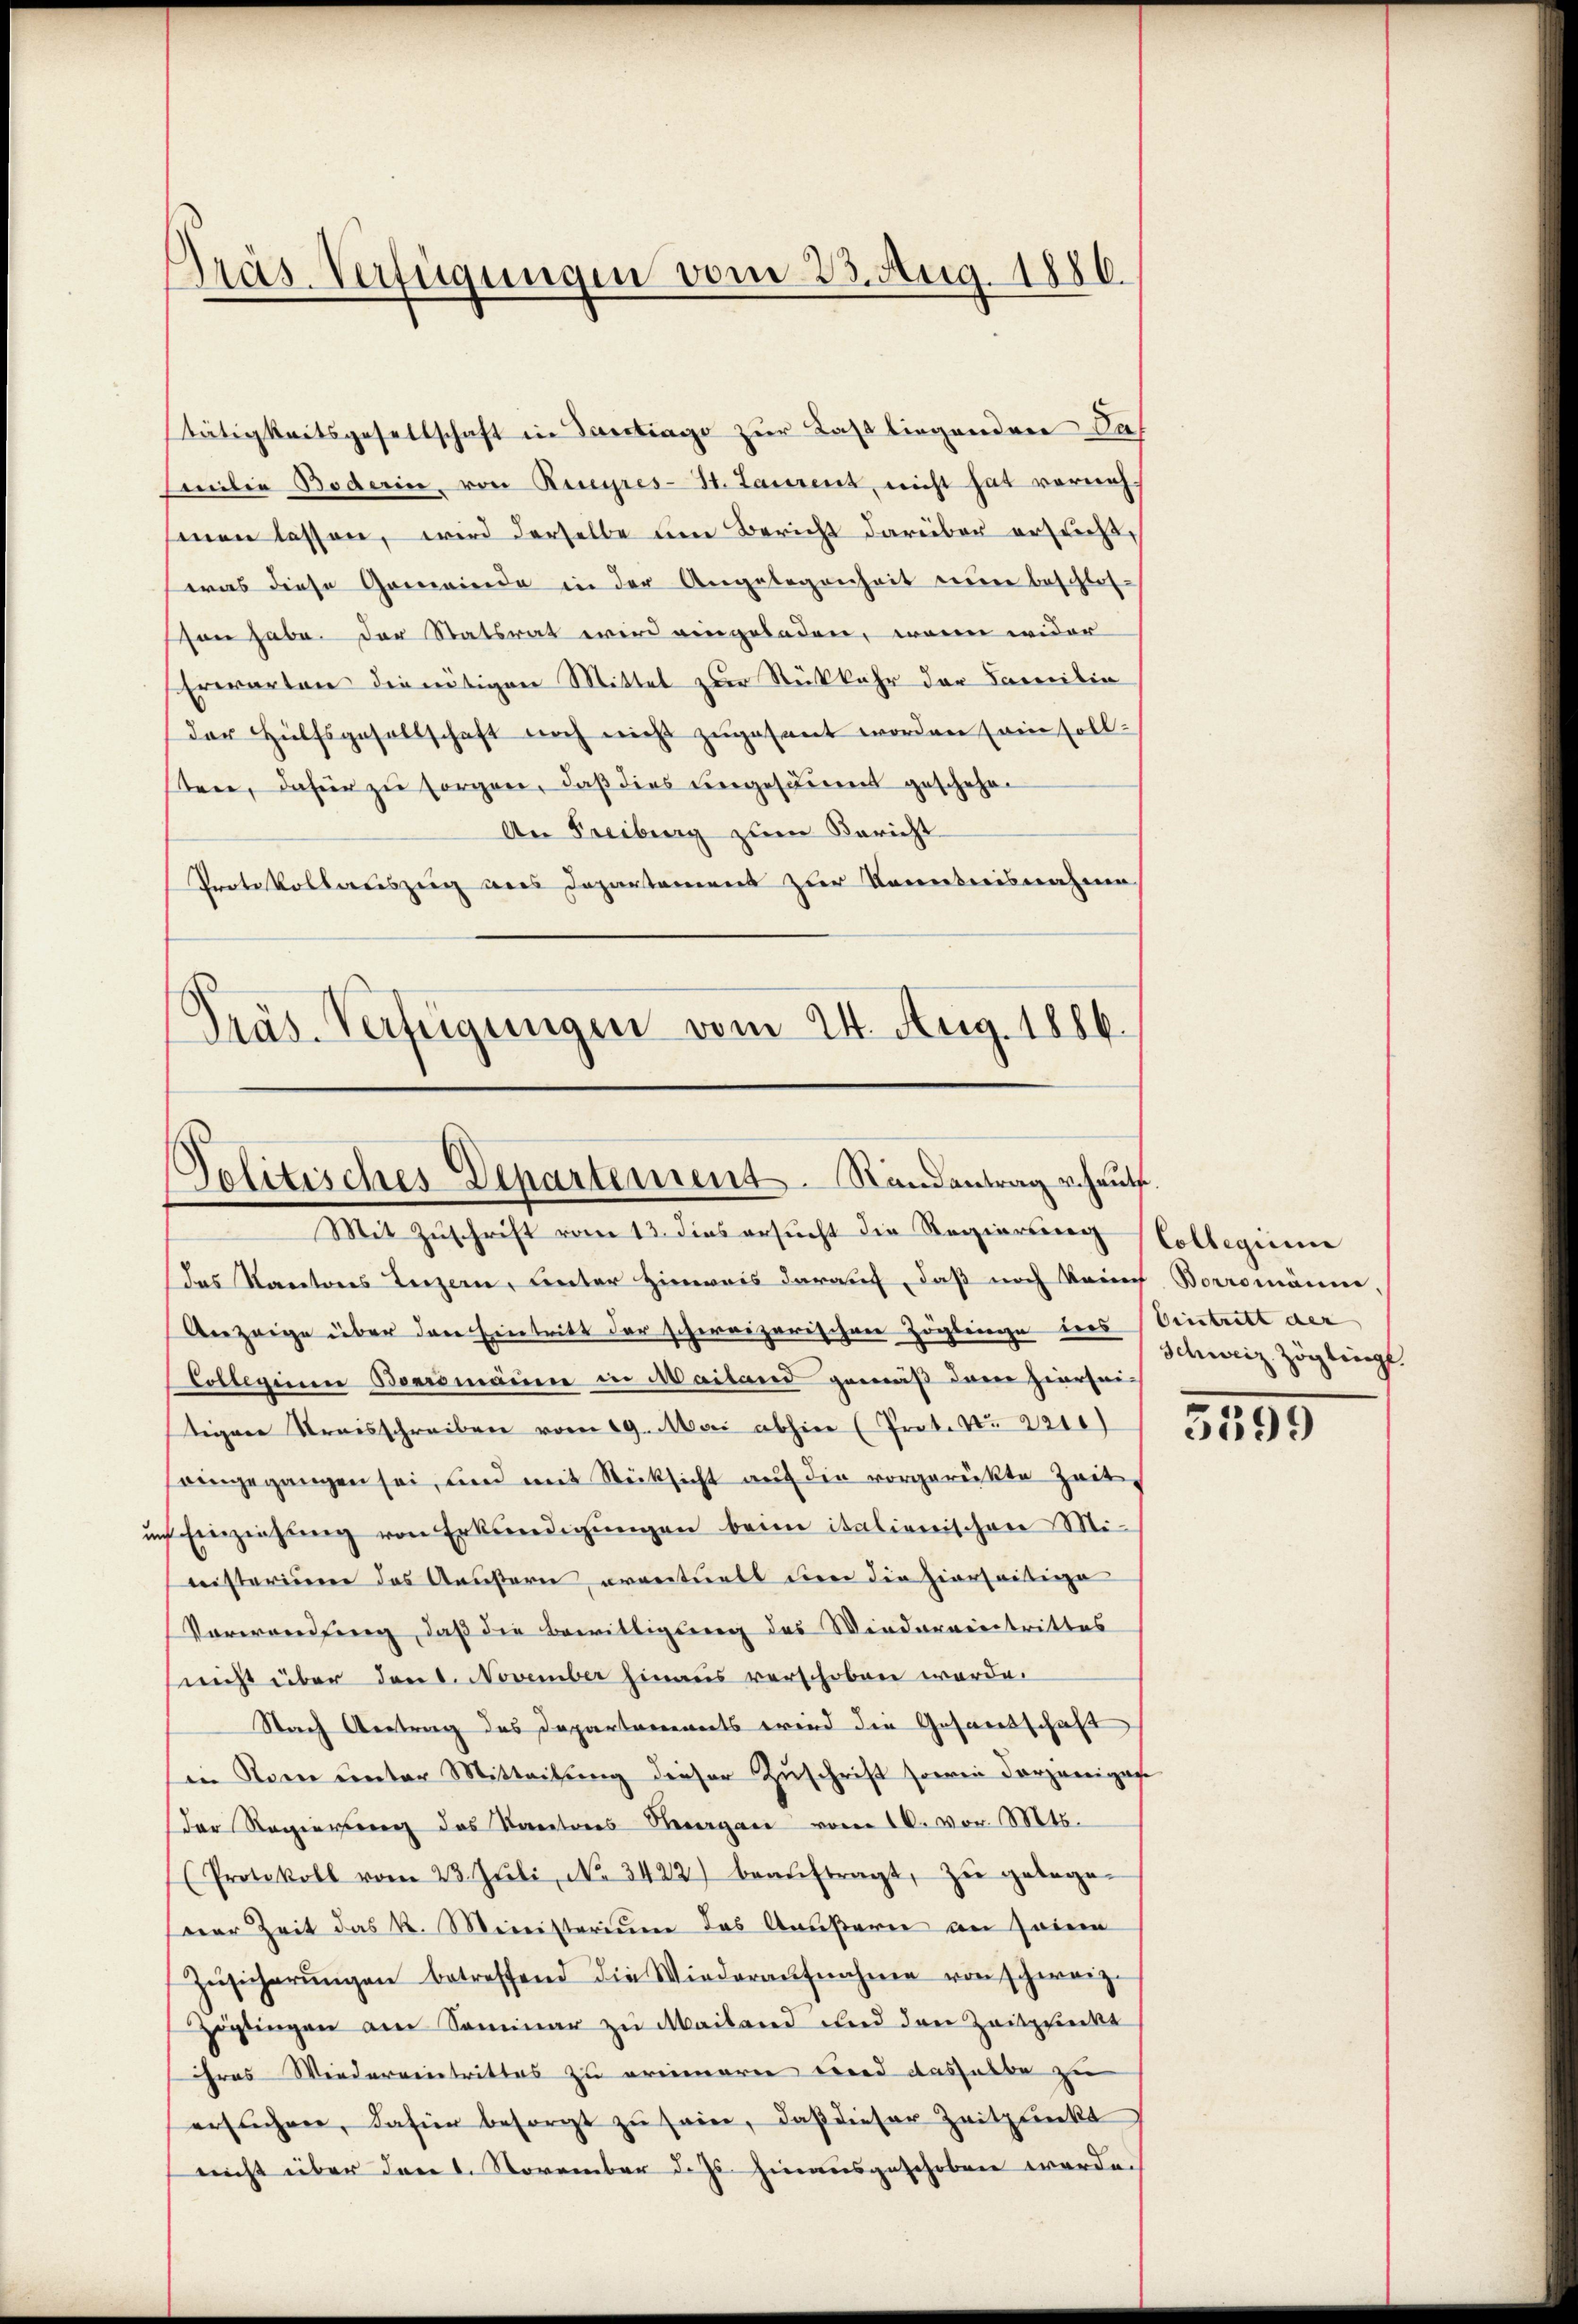
Präs. Verfügungen vom 23. Aug. 1886.

Tätigkeitsgesellschaft in Vertrage zur Last liegenden Saf
Emilie Boderin, von Rieyres-St. Laurent, nicht hat vernehsenen lassen, wird derselbe um Bericht darüber ersucht,
was diese Gemeinde in der Angelegenheit einer beschlos-
son habe. Der Statsrat wird eingeladen, wenn wider
Erwarten die nötigen Mittel zur Rückkehr der Familie
der Hilfsgesellschaft noch nicht zugesant worden sein soll.
sten, dafür zu sorgen, daß dies vergeschienet geschehe¬
An Freiburg zum Bericht
Protokollsauszug aus Departement zur Kenntnisnahme

Präs. Verfügungen vom 24. Aug. 1886.

Politisches Departement Randantrag vehaut.
Mit Zuschrift vom 13. dies ersucht die Regierung Collegiere

das Kantons Luzern, Unter Hinweis darauf, daß noch kann Borromänne
Anzeige über den Eintritt der schereizerischen Zögbringe ders Eintritt der
Collegium Bearsmänen in Mailand gemäß dem hiersei
tigen Kreisschreiben vom 19. Mai abhin (Prot. No. 2211)
eingegangen sei, und mit Rücksicht aŭf die vorgerückte Zeit
uns Einziehung von Erkundigungen beim italienischen Mi-
nisterium das Aeußern arrectuell der die hierseitige
Vorwendung, daß die Bewilligung des Wiederverstrittes
(nicht über dens. November hinaus verschoben werde.
Nach Vertrag des Departarents wird die Gesandtschaft
in Rom ŭnter Mitteilŭng dieser Zŭschrift sowei derjenigen
Der Regierung des Kantons Vergan vom 10. vor. Mts.
(Protokoll vom 23. Jŭli, No. 3422) beaŭftragt, zu gelege-
var Zeit das k. Ministerium das Anußaren von Jaiern
Zŭsicherŭngen betreffend die Wiederaŭfnahme von schweiz.
Zöglingen am Seminar zu Mailand und den Zeitpunckt
hres Wiederreintrittes zu erinneren wird aushalbe zu
ersŭchen, dafür besorgt zŭ sein, daβ dieser Zeitpunkt
nicht über den 1. November d. Js. hinausgeschoben werde.

Schweiz. Zöglingt.

3459